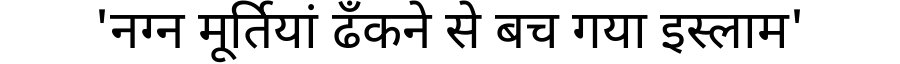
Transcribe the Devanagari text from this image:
'नग्न मूर्तियां ढँकने से बच गया इस्लाम'